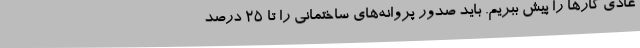
عادی کارها را پیش ببریم. باید صدور پروانه‌های ساختمانی را تا 25 درصد